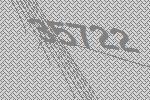
35722